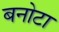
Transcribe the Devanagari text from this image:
बनोटा